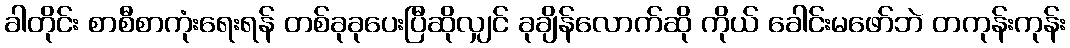
ခါတိုင်း စာစီစာကုံးရေးရန် တစ်ခုခုပေးပြီဆိုလျှင် ခုချိန်လောက်ဆို ကိုယ် ခေါင်းမဖော်ဘဲ တကုန်းကုန်း